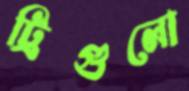
ট্রিগুলো